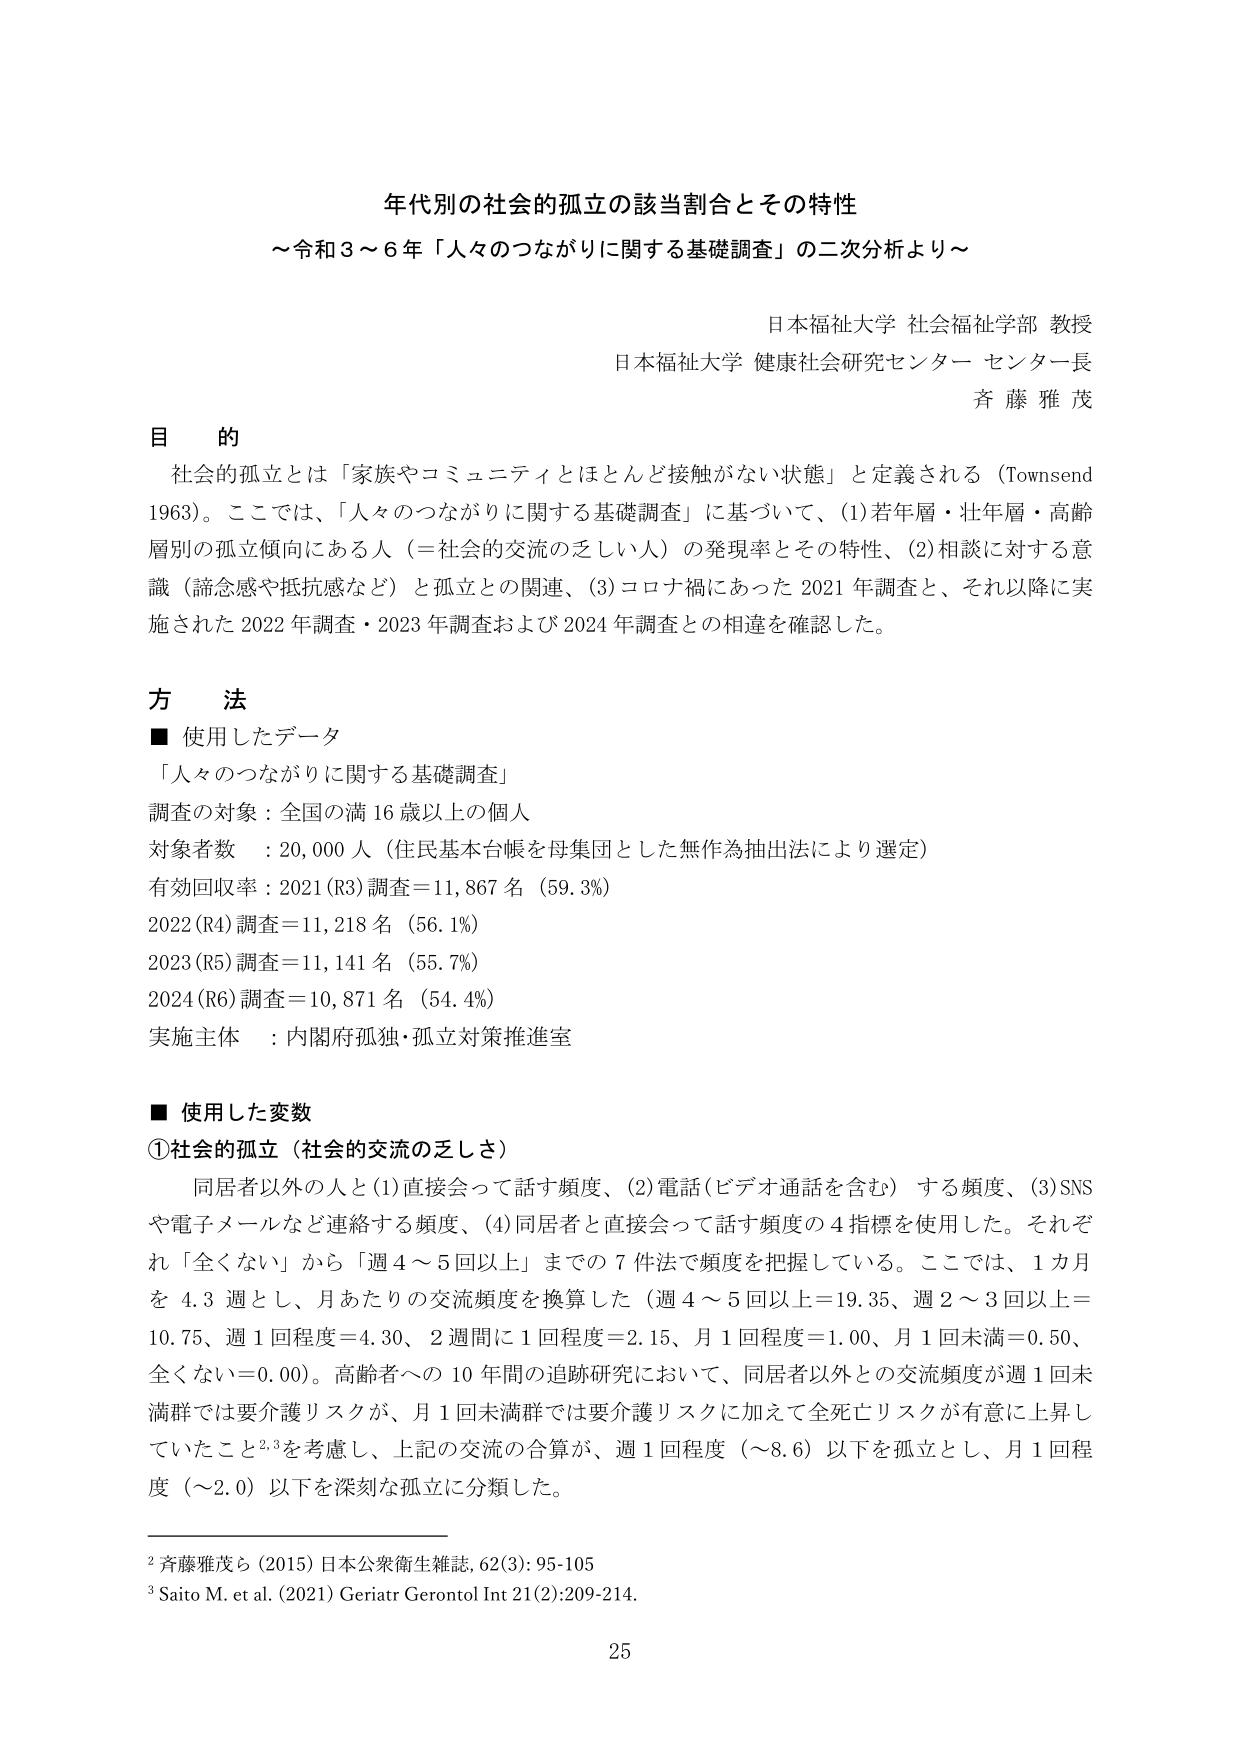
年代別の社会的孤立の該当割合とその特性
～令和３～６年「人々のつながりに関する基礎調査」の二次分析より～

日本福祉大学 社会福祉学部 教授
日本福祉大学 健康社会研究センター センター長
斉藤雅茂

目的
社会的孤立とは「家族やコミュニティとほとんど接触がない状態」と定義される（Townsend 1963）。ここでは、「人々のつながりに関する基礎調査」に基づいて、(1)若年層・壮年層・高齢層別の孤立傾向にある人（＝社会的交流の乏しい人）の発現率とその特性、(2)相談に対する意識（誘惑感や抵抗感など）と孤立との関連、(3)コロナ禍にあった2021年調査と、それ以降に実施された2022年調査・2023年調査および2024年調査との相違を確認した。

方法
■ 使用したデータ
「人々のつながりに関する基礎調査」
調査の対象：全国の満16歳以上の個人
対象者数 ：20,000人（住民基本台帳を母集団とした無作為抽出法により選定）
有効回収率：2021(R3)調査＝11,867名（59.3%）
2022(R4)調査＝11,218名（56.1%）
2023(R5)調査＝11,141名（55.7%）
2024(R6)調査＝10,871名（54.4%）
実施主体 ：内閣府孤独・孤立対策推進室

■ 使用した変数
①社会的孤立（社会的交流の乏しさ）
　同居者以外の人と(1)直接会って話す頻度、(2)電話（ビデオ通話を含む）する頻度、(3)SNSや電子メールなど連絡する頻度、(4)同居者と直接会って話す頻度の4指標を使用した。それぞれ「全くない」から「週4～5回以上」までの7件法で頻度を把握している。ここでは、1カ月を4.3週とし、月あたりの交流頻度を換算した（週4～5回以上＝19.35、週2～3回以上＝10.75、週1回程度＝4.30、2週間に1回程度＝2.15、月1回程度＝1.00、月1回未満＝0.50、全くない＝0.00）。高齢者への10年間の追跡研究において、同居者以外との交流頻度が週1回未満群では要介護リスクが、月1回未満群では要介護リスクに加えて全死亡リスクが有意に上昇していたこと²³を考慮し、上記の交流の合算が、週1回程度（～8.6）以下を孤立とし、月1回程度（～2.0）以下を深刻な孤立に分類した。

² 斉藤雅茂ら（2015）日本公衆衛生雑誌, 62(3): 95-105
³ Saito M. et al. (2021) Geriatr Gerontol Int 21(2):209-214.

25